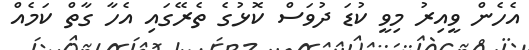
އެހެން ވީއިރު މިވީ ކުޑަ ދުވަސް ކޮޅުގެ ތެރޭގައި އެހާ ގާތް ކަމެއް